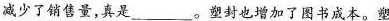
减少了销售量，真是___。塑封也增加了图书成本。塑